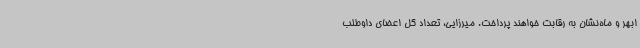
ابهر و ماه‌نشان به رقابت خواهند پرداخت. میرزایی، تعداد کل اعضای داوطلب